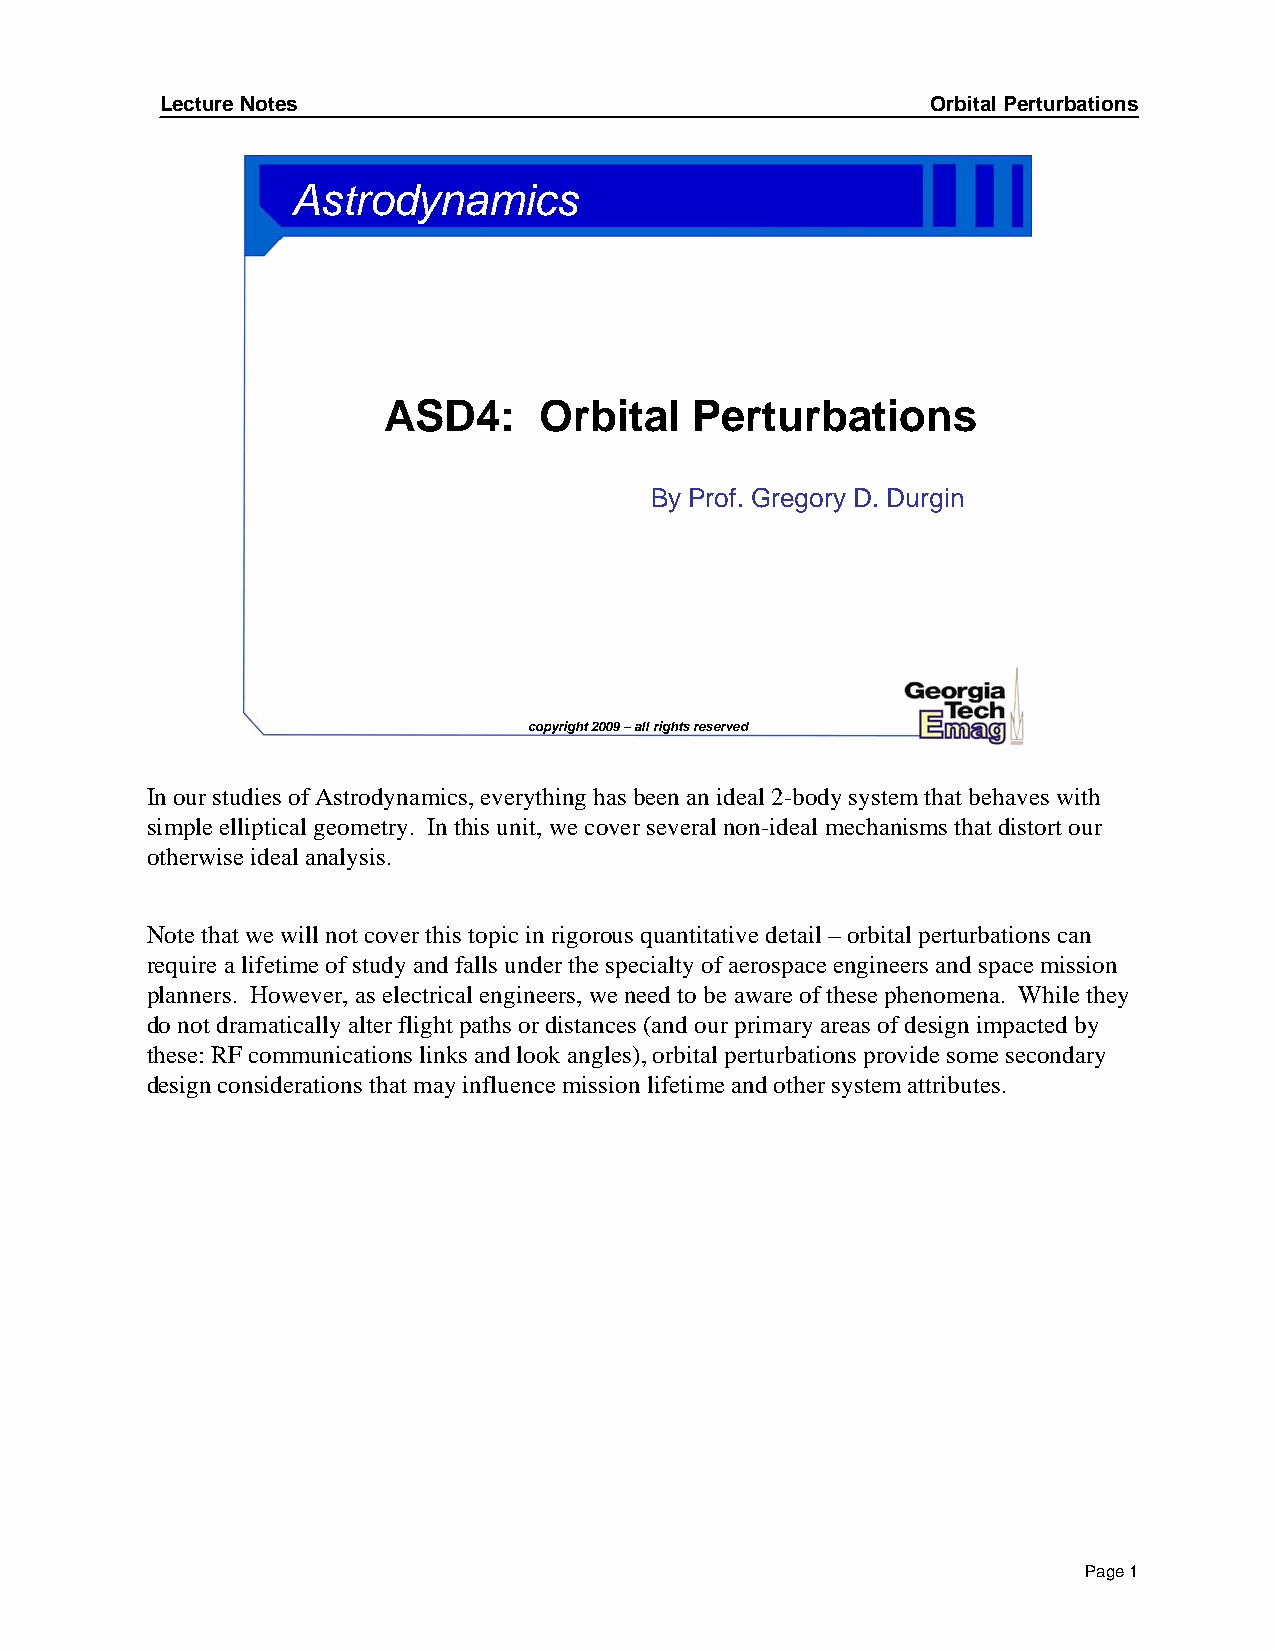
Lecture Notes                                      Orbital Perturbations
 Astrodynamics
 ASD4:      Orbital   Perturbations
 By Prof. Gregory D. Durgin
 copyright 2009 –all rights reserved
 In our studies of Astrodynamics, everything has been an ideal 2-body system that behaves with
 simple elliptical geometry. In this unit, we cover several non-ideal mechanisms that distort our
 otherwise ideal analysis.
 Note that we will not cover this topic in rigorous quantitative detail –orbital perturbations can
 require a lifetime of study and falls under the specialty of aerospace engineers and space mission
 planners. However, as electrical engineers, we need to be aware of these phenomena. While they
 do not dramatically alter flight paths or distances (and our primary areas of design impacted by
 these: RF communications links and look angles), orbital perturbations provide some secondary
 design considerations that may influence mission lifetime and other system attributes.
 Page 1